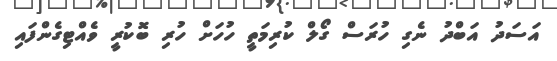
އަސަދު އަބްދު ނެގި ހުރަސް ގޯލް ކުރިމަތީ ހުހަށް ހުރި ބޮކުރީ ވެއްޓިގެންފައި